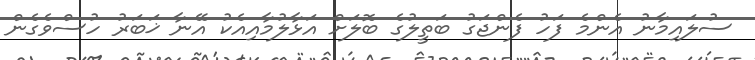
ސުލައިމާނު އެންމެ ފަހު ފެންޖަގު ބަތީލުގެ ބޮލަށް އަޅާލުމާއިއެކު އޭނާ ޚަބަރު ހުސްވެގެން